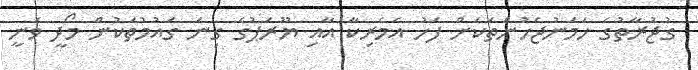
ގުޖުރާތުގެ ހަމަނުޖެހުންތަކަށް ފަހު އެމެރިކާ އާއި ޔޫރަޕުގެ ގިނަ ގައުމުތަކުން މޯދީ ވަނީ